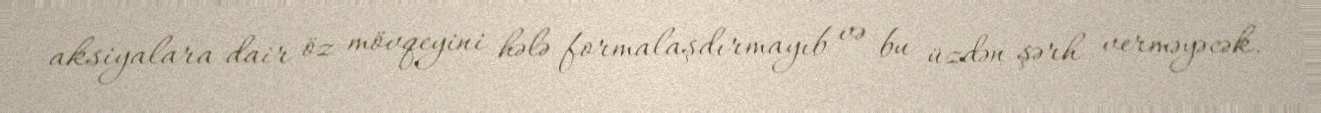
aksiyalara dair öz mövqeyini hələ formalaşdırmayıb və bu üzdən şərh verməyəcək.